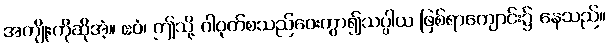
အကျိုးကိုဆိုအံ့။ ဧဝံ၊ ဤသို့ ဂါဝုတ်စသည်ဝေးကွာ၍သပ္ပါယ ဖြစ်ရာကျောင်း၌ နေသည်။